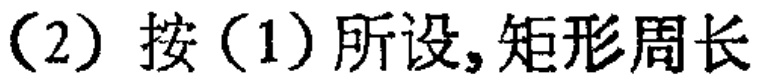
（2）按（1）所设，矩形周长